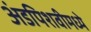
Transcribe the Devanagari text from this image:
अंडपिशवीमध्ये